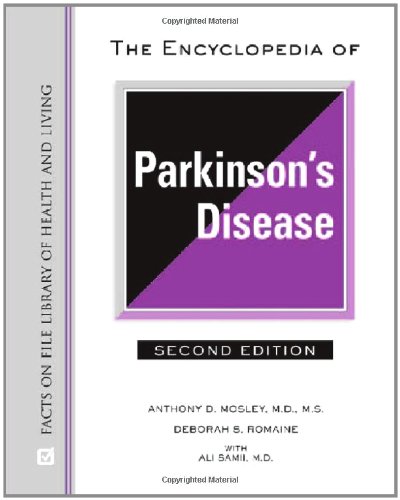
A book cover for The Encyclopedia of Parkinson's Disease (Facts on File Library of Health and Living); Anthony D. Mosley; Health, Fitness & Dieting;